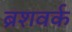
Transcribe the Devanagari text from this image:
ब्रशवर्क